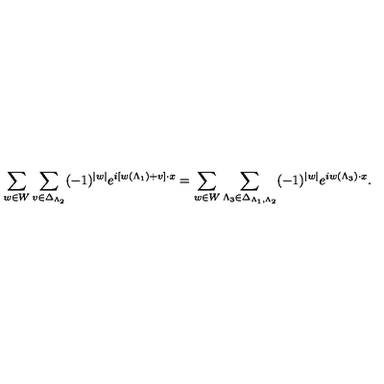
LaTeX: \sum _ { w \in W } \sum _ { v \in \Delta _ { \Lambda _ { 2 } } } ( - 1 ) ^ { | w | } e ^ { i \left[ w ( \Lambda _ { 1 } ) + v \right] \cdot x } = \sum _ { w \in W } \sum _ { \Lambda _ { 3 } \in \Delta _ { \Lambda _ { 1 } , \Lambda _ { 2 } } } ( - 1 ) ^ { | w | } e ^ { i w ( \Lambda _ { 3 } ) \cdot x } .